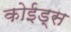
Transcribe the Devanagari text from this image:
कोईड्स